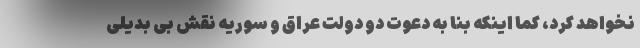
نخواهد کرد، کما اینکه بنا به دعوت دو دولت عراق و سوریه نقش بی بدیلی